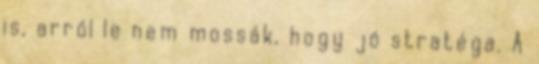
is, arról le nem mossák, hogy jó stratéga. A